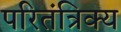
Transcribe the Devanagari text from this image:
परितंत्रिक्य